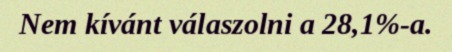
Nem kívánt válaszolni a 28,1%-a.